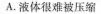
A.液体很难被压缩